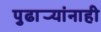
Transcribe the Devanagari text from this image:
पुढार्‍यांनाही